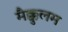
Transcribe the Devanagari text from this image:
मैक्कुलम